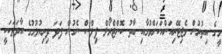
މީގެ އިތުރުން ވެޖިޓޭރިއަންއަކަށްވުމާއި ބާތު ކޮންޓްރޯލް ޕިލްސް ނެގުން ފަދަ ދިރިއުޅުމުގެ އާދަތަކަކީ